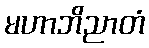
မဟာဘိညာတံ